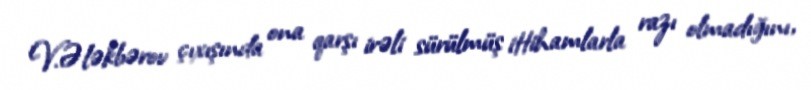
V.Ələkbərov çıxışında ona qarşı irəli sürülmüş ittihamlarla razı olmadığını,